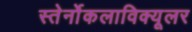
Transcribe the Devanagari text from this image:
स्तेर्नोकलाविक्यूलर